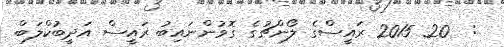
:  20